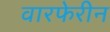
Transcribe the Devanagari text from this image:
वारफेरीन